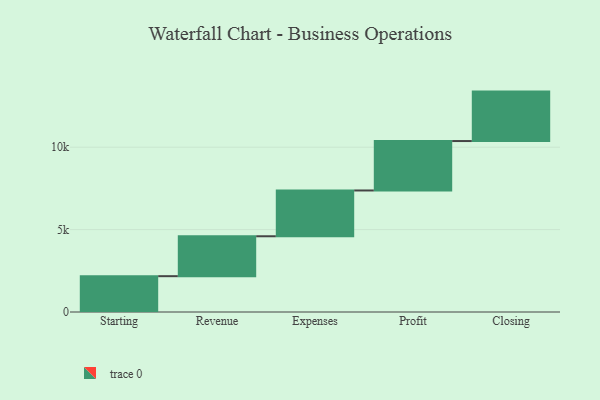
{"axis": {"x": "Step", "y": "Value"}, "legend": [""], "data": [{"x": "Starting", "y": 2174.0, "type": ""}, {"x": "Revenue", "y": 2422.0, "type": ""}, {"x": "Expenses", "y": 2779.0, "type": ""}, {"x": "Profit", "y": 3000, "type": ""}, {"x": "Closing", "y": 3000, "type": ""}]}